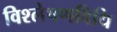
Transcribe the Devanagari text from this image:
विश्लेषणविधि